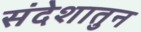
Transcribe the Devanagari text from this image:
संदेशातुन